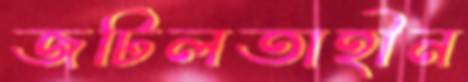
জটিলতাহীন